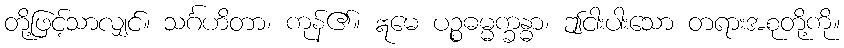
တို့ဖြင့်သာလျှင်။ သင်္ဂဟိတာ၊ ကုန်၏။ ဣမေ ပဉ္စဓမ္မက္ခန္ဓာ၊ ဤငါးပါးသော တရားအစုတို့ကို။